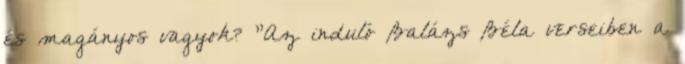
és magányos vagyok? "Az induló Balázs Béla verseiben a